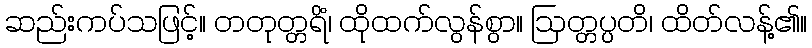
ဆည်းကပ်သဖြင့်။ တတုတ္တရိံ၊ ထိုထက်လွန်စွာ။ ဩတ္တပ္ပတိ၊ ထိတ်လန့်၏။